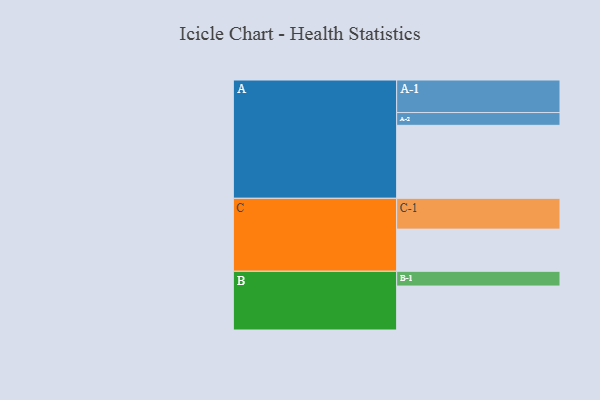
{"axis": {"x": "Segment", "y": "Value"}, "legend": ["", "A", "B", "C"], "data": [{"x": "A", "y": 578, "type": ""}, {"x": "B", "y": 348, "type": ""}, {"x": "C", "y": 334, "type": ""}, {"x": "A-1", "y": 258, "type": "A"}, {"x": "A-2", "y": 101, "type": "A"}, {"x": "B-1", "y": 117, "type": "B"}, {"x": "C-1", "y": 244, "type": "C"}]}